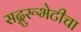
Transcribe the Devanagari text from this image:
सद्गुरूभेटीचा